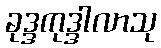
ခုဒ္ဒကုဒ္ဒါလာသု